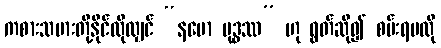
ကစားသမားတို့နိုင်လိုလျှင် “နမော ဗုဒ္ဓဿ” ဟု ရွတ်ဆို၍ စမ်းရမလို